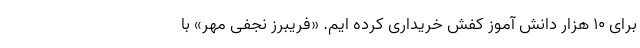
برای ۱۰ هزار دانش آموز کفش خریداری کرده ایم. «فریبرز نجفی مهر» با